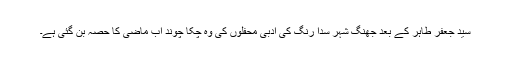
سید جعفر طاہر کے بعد جھنگ شہر سدا رنگ کی ادبی محفلوں کی وہ چکا چوند اب ماضی کا حصہ بن گئی ہے۔